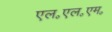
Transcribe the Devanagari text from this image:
एल॰एल॰एम॰